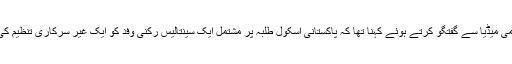
بھارت کی وزارت برائے خارجہ امور کے ایک ترجمان گوپال باگلے کا مقامی میڈیا سے گفتگو کرتے ہوئے کہنا تھا کہ پاکستانی اسکول طلبہ پر مشتمل ایک سینتالیس رکنی وفد کو ایک غیر سرکاری تنظیم کی طرف سے مدعو کیا گیا تھا اور ان بچوں کے اساتذہ بھی ان کے ہمراہ تھے۔